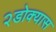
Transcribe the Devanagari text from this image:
२डोक्यास